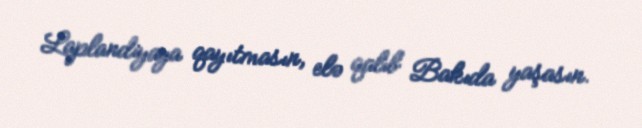
Laplandiyaya qayıtmasın, elə qalıb Bakıda yaşasın.